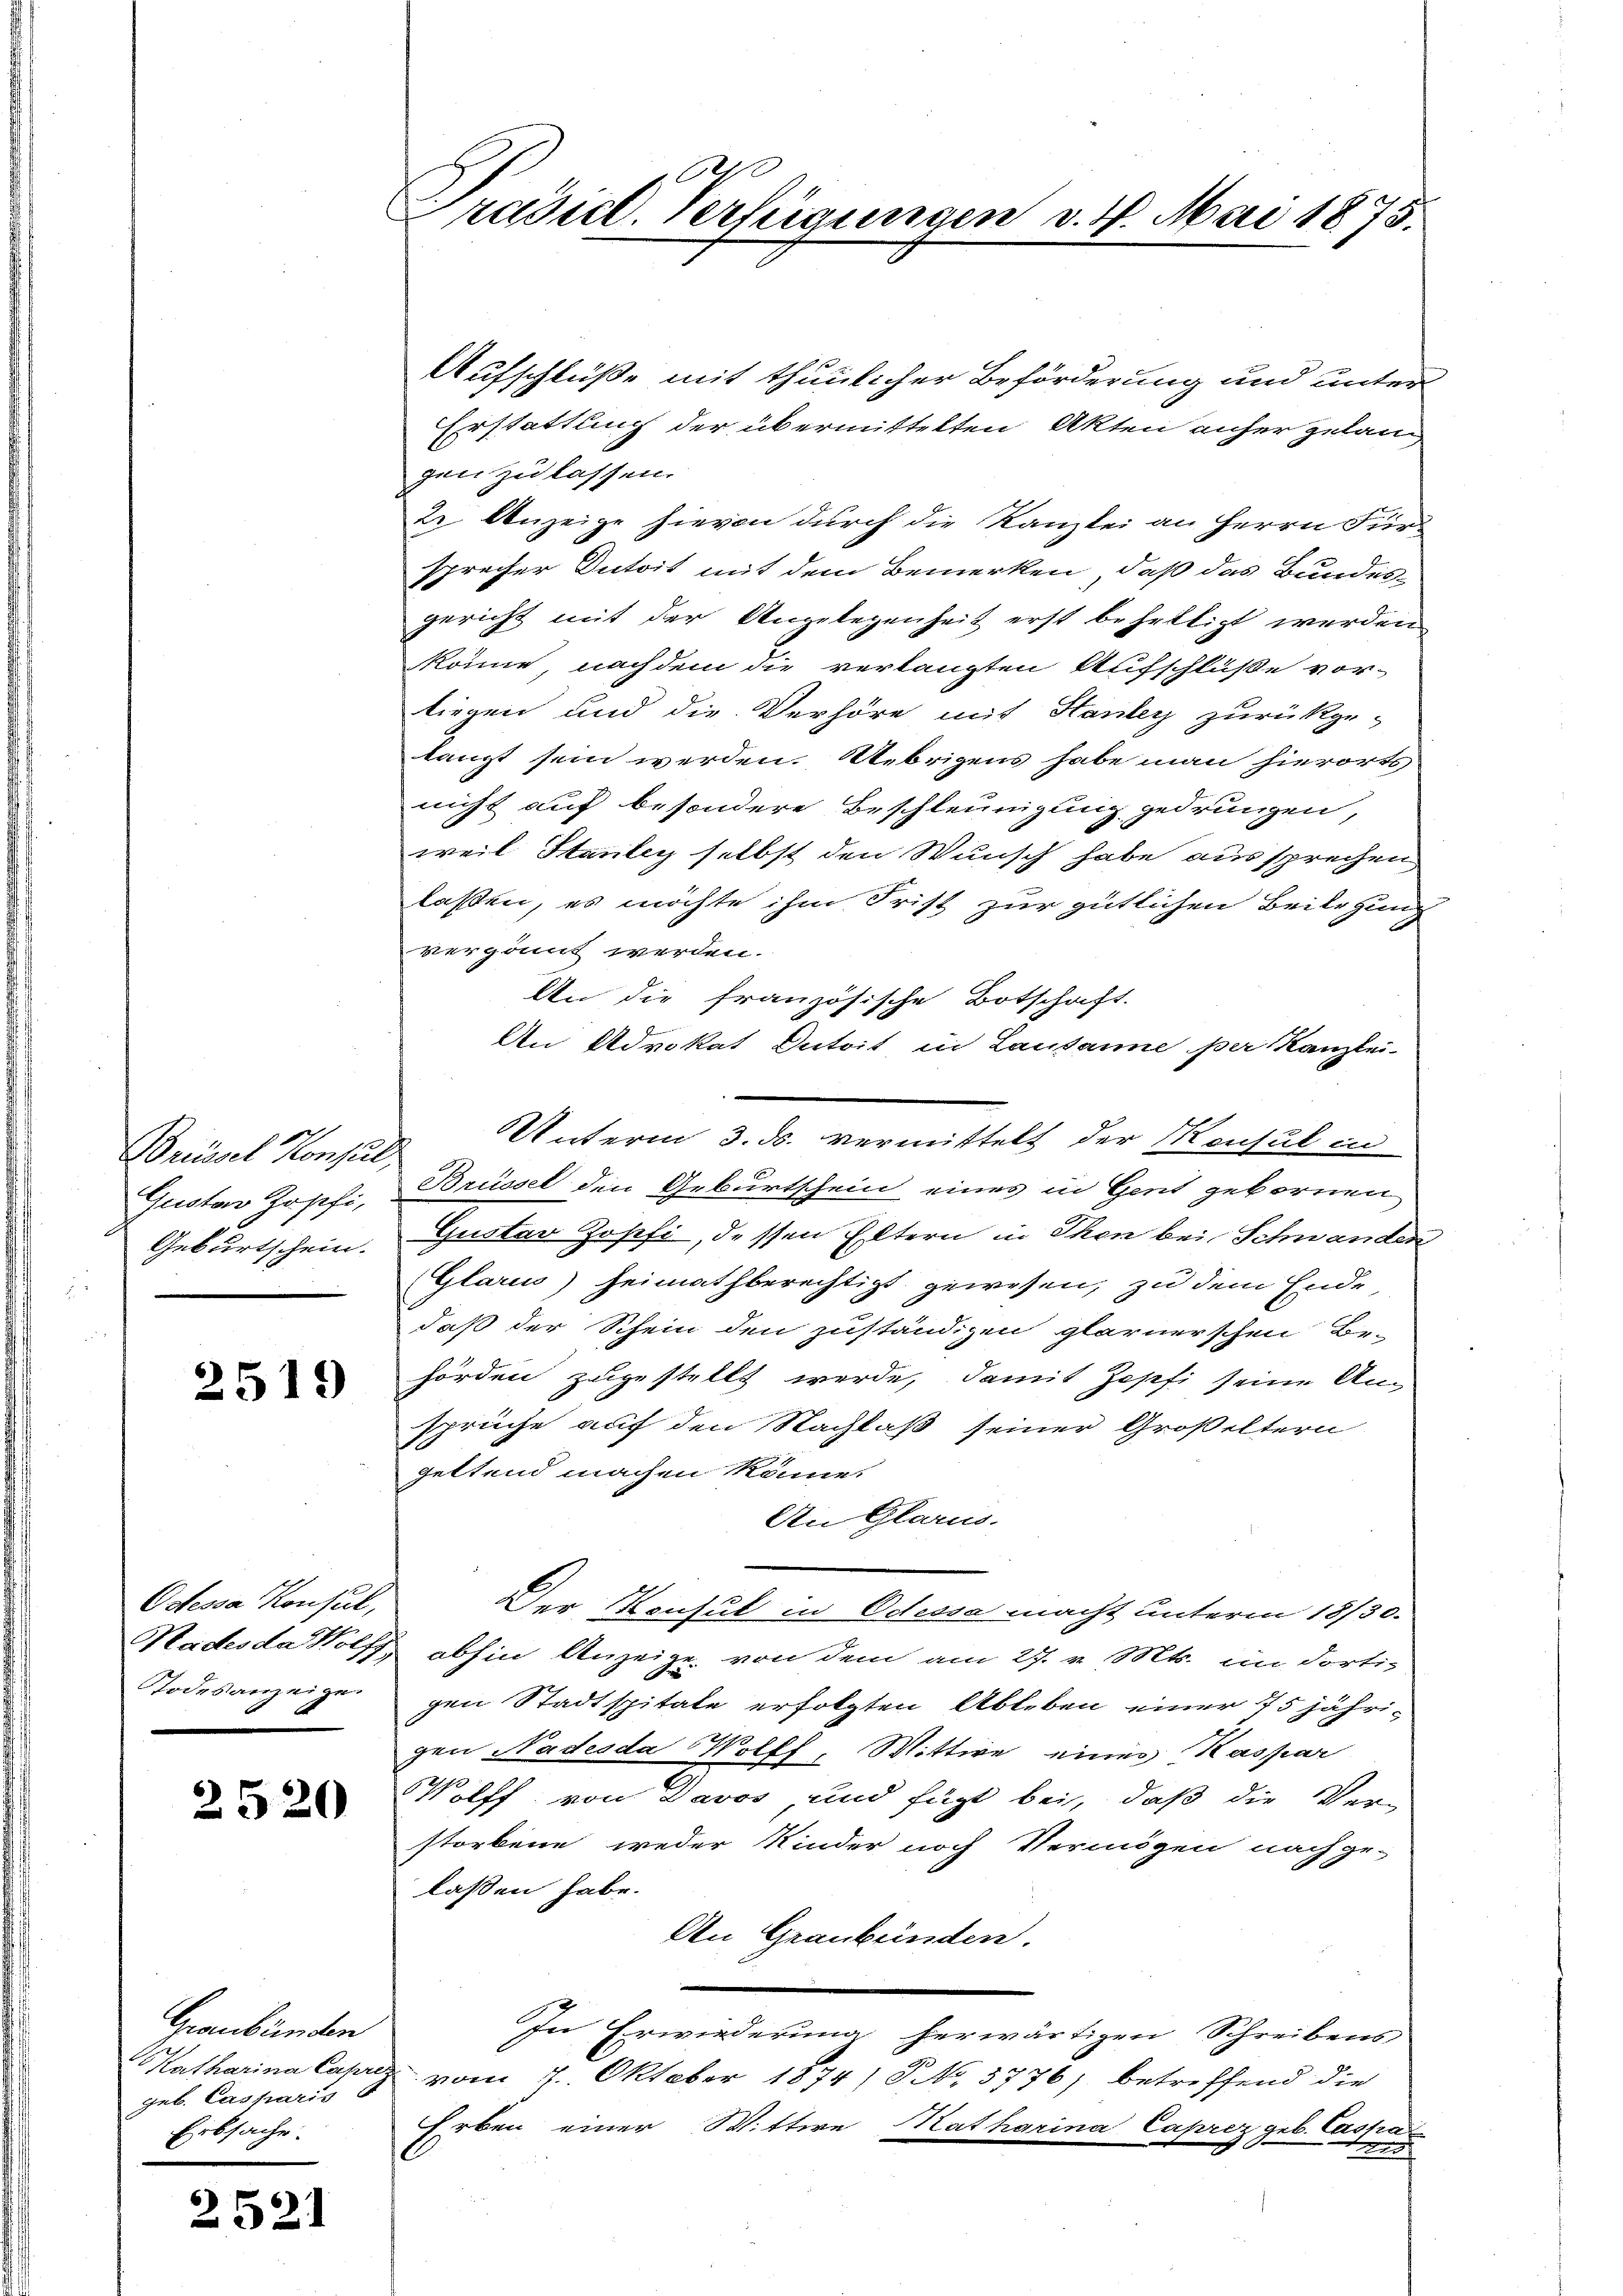
Brüssel Konsul,
Gustav Zopfi,
Geburtschein.

2519

Ostessa Konsul,
Radesda Holz
Todesanzeigen

2520

Graubünden
Katharina Capri
geb. Casparis
Erbsache.

2521

C
Präsid. Verfügungen v. 4. Mai 1873.

Aufschlüße mit thunlicher Beförderung und unter
Erstattung der übermittelten Akten anher gelang
gen zu lassen.
2. Anzeige hievon durch die Kanzlei an Herrn Fürsprecher Dutoit mit dem Bemerken, daß das Bundes-
gericht mit der Angelegenheit erst behaltigt werden
könne, nachdem die verlangten Aufschlüße vor-
liegen und die Verhöre mit Stanler zurückge-
langt sein werden. Uebrigens habe man hierorts
nicht auf besondere Beschleunigung gedrungen
weil Staubey selbst den Wunsch habe aussprechen
laßen, es möchte ihm Frist zur gütlichen Beilegung
vergönnt werden.
An die französische Botschaft.
An Advokat Dutoit in Lausanne per Kanzlei-
Unterm 3. ds. vermittelt der Konsul in
Brüssel den Geburtschein eines in Gent gebornen
Gustav Zopfi, dessen Eltern in Then bei Schwanden
(Glarus) Heimathberechtigt gewesen, zu dem Ende
daß der Schein den zuständigen glarnerschen Be-
hörden zugestellt werde, damit Zopfi seine An-
sprüche auf den Nachlaß seiner Großeltern
geltend machen könne.
An Glarus.
Der Konsul in Odessa macht unterm 18/30.
abhin Anzeige von dem am 27. v. Mts. im dortigen Stadtspitale erfolgten Ableben einer 75 jährigen Nadesda Wolff, Wittwe eines Kaspar
Wilff von Davos und fügt bei, daß die Ver-
storbene weder Kinder noch Vermögen nach ge-
lassen habe.
An Graubünden.
In Erwiederung herwärtigen Schreibens
vom 2. Oktober 1874) S. No. 3776; betreffend die
Erben einer Wittwe Katharina Caprez geb. Cassen